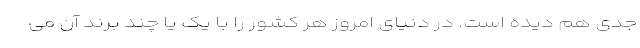
جدی هم دیده است. در دنیای امروز هر کشور را با یک یا چند برند آن می